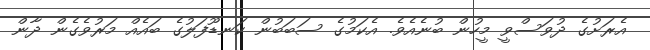
އެރަށުގެ ދުވަސްވީ މީހުން ބުނެއެވެ. އެކަމުގެެ ސަބަބުން ކަނޑޫފަލުގެެ ބައެެއް މަރުވެެގެެން ދާން